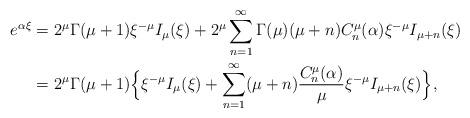
LaTeX: \begin{align*}e^{\alpha\xi} & = 2^\mu \Gamma(\mu+1) \xi^{-\mu} I_\mu(\xi) + 2^\mu \sum_{n=1}^\infty \Gamma(\mu) (\mu+n) C_n^\mu(\alpha) \xi^{-\mu} I_{\mu+n}(\xi) \\ & = 2^\mu \Gamma(\mu+1) \Bigl\{ \xi^{-\mu} I_\mu(\xi) + \sum_{n=1}^\infty (\mu+n) \frac{C_n^\mu(\alpha)}{\mu} \xi^{-\mu} I_{\mu+n}(\xi) \Bigr\},\end{align*}